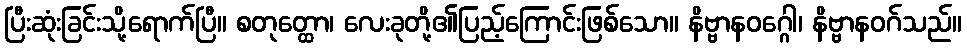
ပြီးဆုံးခြင်းသို့ရောက်ပြီ။ စတုတ္ထော၊ လေးခုတို့၏ပြည့်ကြောင်းဖြစ်သော။ နိဗ္ဗာနဝဂ္ဂေါ၊ နိဗ္ဗာနဝဂ်သည်။